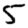
Digit: 5